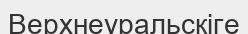
Верхнеуральскіге